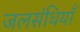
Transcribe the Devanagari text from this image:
जलसंधियाँ